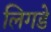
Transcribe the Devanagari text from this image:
लिगडे